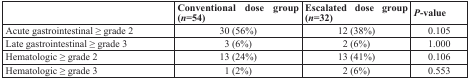
|  | Conventional dose group (n=54) | Escalated dose group (n=32) | P-value |
 | --- | --- | --- | --- |
 | Acute gastrointestinal ≥ grade 2 | 30 (56%) | 12 (38%) | 0.105 |
 | Late gastrointestinal ≥ grade 3 | 3 (6%) | 2 (6%) | 1.000 |
 | Hematologic ≥ grade 2 | 13 (24%) | 13 (41%) | 0.106 |
 | Hematologic ≥ grade 3 | 1 (2%) | 2 (6%) | 0.553 |